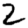
Digit: 2